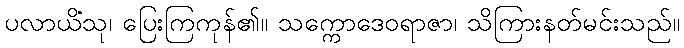
ပလာယိံသု၊ ပြေးကြကုန်၏။ သက္ကောဒေဝရာဇာ၊ သိကြားနတ်မင်းသည်။